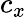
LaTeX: c_{x}